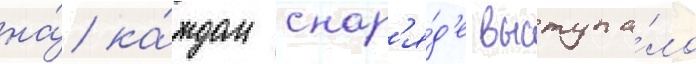
на́ ка́ждом снар'я́д'е выступа́ло